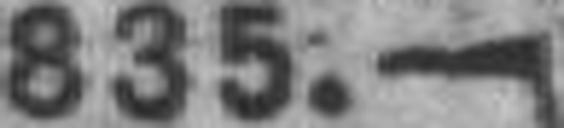
835.—